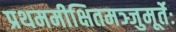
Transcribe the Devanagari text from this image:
प्रथममीक्षितमञ्जुमूर्तेः